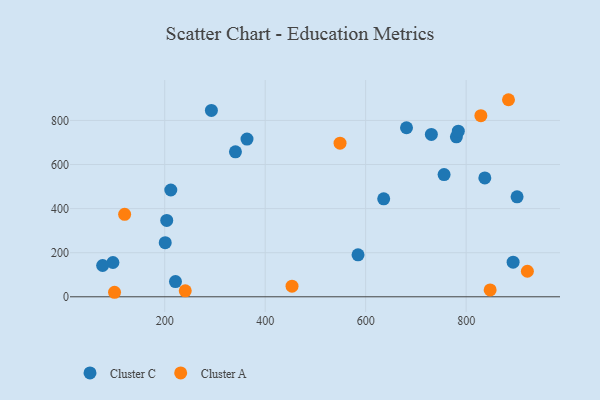
{"axis": {"x": "Experience", "y": "Fuel Efficiency"}, "legend": ["Cluster A", "Cluster C"], "data": [{"x": "901.4", "y": 453.6, "type": "Cluster C"}, {"x": "837.2", "y": 539.3, "type": "Cluster C"}, {"x": "730.8", "y": 736.8, "type": "Cluster C"}, {"x": "681.3", "y": 766.8, "type": "Cluster C"}, {"x": "363.8", "y": 715.3, "type": "Cluster C"}, {"x": "201.0", "y": 245.7, "type": "Cluster C"}, {"x": "212.1", "y": 484.5, "type": "Cluster C"}, {"x": "584.8", "y": 190.2, "type": "Cluster C"}, {"x": "204.0", "y": 346.3, "type": "Cluster C"}, {"x": "780.6", "y": 725.5, "type": "Cluster C"}, {"x": "893.5", "y": 156.9, "type": "Cluster C"}, {"x": "635.9", "y": 444.6, "type": "Cluster C"}, {"x": "756.1", "y": 554.6, "type": "Cluster C"}, {"x": "292.9", "y": 845.4, "type": "Cluster C"}, {"x": "221.4", "y": 68.9, "type": "Cluster C"}, {"x": "340.8", "y": 657.8, "type": "Cluster C"}, {"x": "784.4", "y": 751.4, "type": "Cluster C"}, {"x": "96.9", "y": 155.5, "type": "Cluster C"}, {"x": "76.4", "y": 142.0, "type": "Cluster C"}, {"x": "100.1", "y": 20.5, "type": "Cluster A"}, {"x": "120.2", "y": 373.9, "type": "Cluster A"}, {"x": "847.8", "y": 31.0, "type": "Cluster A"}, {"x": "829.3", "y": 821.6, "type": "Cluster A"}, {"x": "240.9", "y": 26.9, "type": "Cluster A"}, {"x": "921.9", "y": 115.9, "type": "Cluster A"}, {"x": "884.3", "y": 894.0, "type": "Cluster A"}, {"x": "453.4", "y": 48.1, "type": "Cluster A"}, {"x": "549.0", "y": 696.7, "type": "Cluster A"}]}